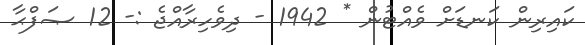
ކައިރިން ކަނޑަށް ވެއްޓުން * 1942 - ދިވެހިރާއްޖެ :- 12 ޞަފްޙާ